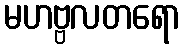
မဟဗ္ဗလတရော